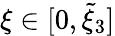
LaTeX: \xi\in[0,\tilde{\xi}_{3}]